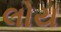
લોય